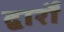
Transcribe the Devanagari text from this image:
द्वार्रों